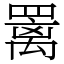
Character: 䍠